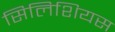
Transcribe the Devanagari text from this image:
सिलिशियस